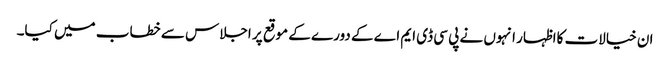
ان خیالات کااظہار انہوں نے پی سی ڈی ایم اے کے دورے کے موقع پر اجلاس سے خطاب میں کیا۔